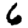
Digit: 6